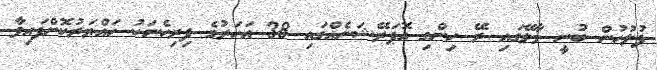
ފުލުހުން ބުނީ މާލޭގައި ރޭ ހިންގި އޮޕަރޭޝަނެއްގައި 38 އަހަރުގެ ފިރިހެނަކު ހައްޔަރުކޮށްފައިވާ